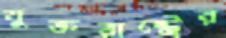
যুক্তরাষ্ট্রের